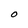
Character: O